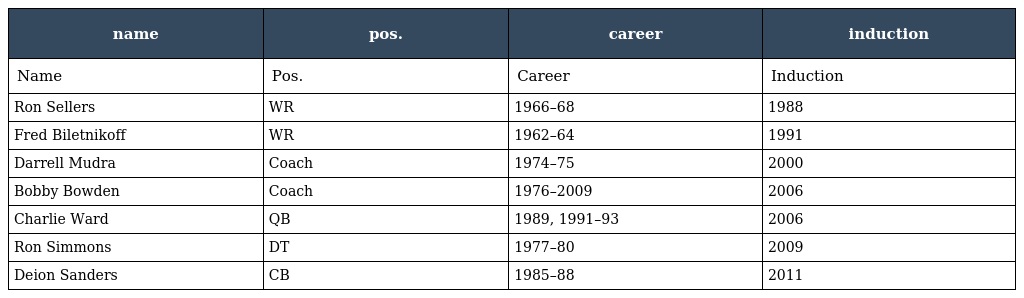
| name | pos. | career | induction |
 | --- | --- | --- | --- |
 | Name | Pos. | Career | Induction |
 | Ron Sellers | WR | 1966–68 | 1988 |
 | Fred Biletnikoff | WR | 1962–64 | 1991 |
 | Darrell Mudra | Coach | 1974–75 | 2000 |
 | Bobby Bowden | Coach | 1976–2009 | 2006 |
 | Charlie Ward | QB | 1989, 1991–93 | 2006 |
 | Ron Simmons | DT | 1977–80 | 2009 |
 | Deion Sanders | CB | 1985–88 | 2011 |